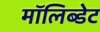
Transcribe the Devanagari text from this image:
मॉलिब्डेट